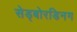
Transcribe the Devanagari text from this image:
सेड्बोरडिनग